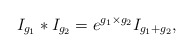
\begin{align*}I_{g_1}\ast I_{g_2}=e^{g_1\times g_2}I_{g_1+g_2},\end{align*}